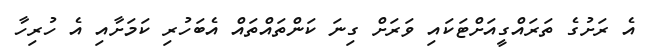
އެ ރަށުގެ ތަަރައްގީއަށްޓަކައި ވަރަށް ގިނަ ކަންތައްތައް އެބަހުރި ކަމަށާއި އެ ހުރިހާ